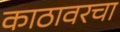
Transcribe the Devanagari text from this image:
काठावरचा